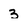
Character: 3